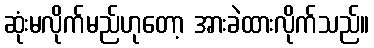
ဆုံးမလိုက်မည်ဟုတော့ အားခဲထားလိုက်သည်။